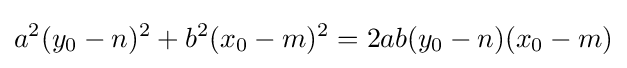
a^{2}(y_{0}-n)^{2}+b^{2}(x_{0}-m)^{2}=2ab(y_{0}-n)(x_{0}-m)